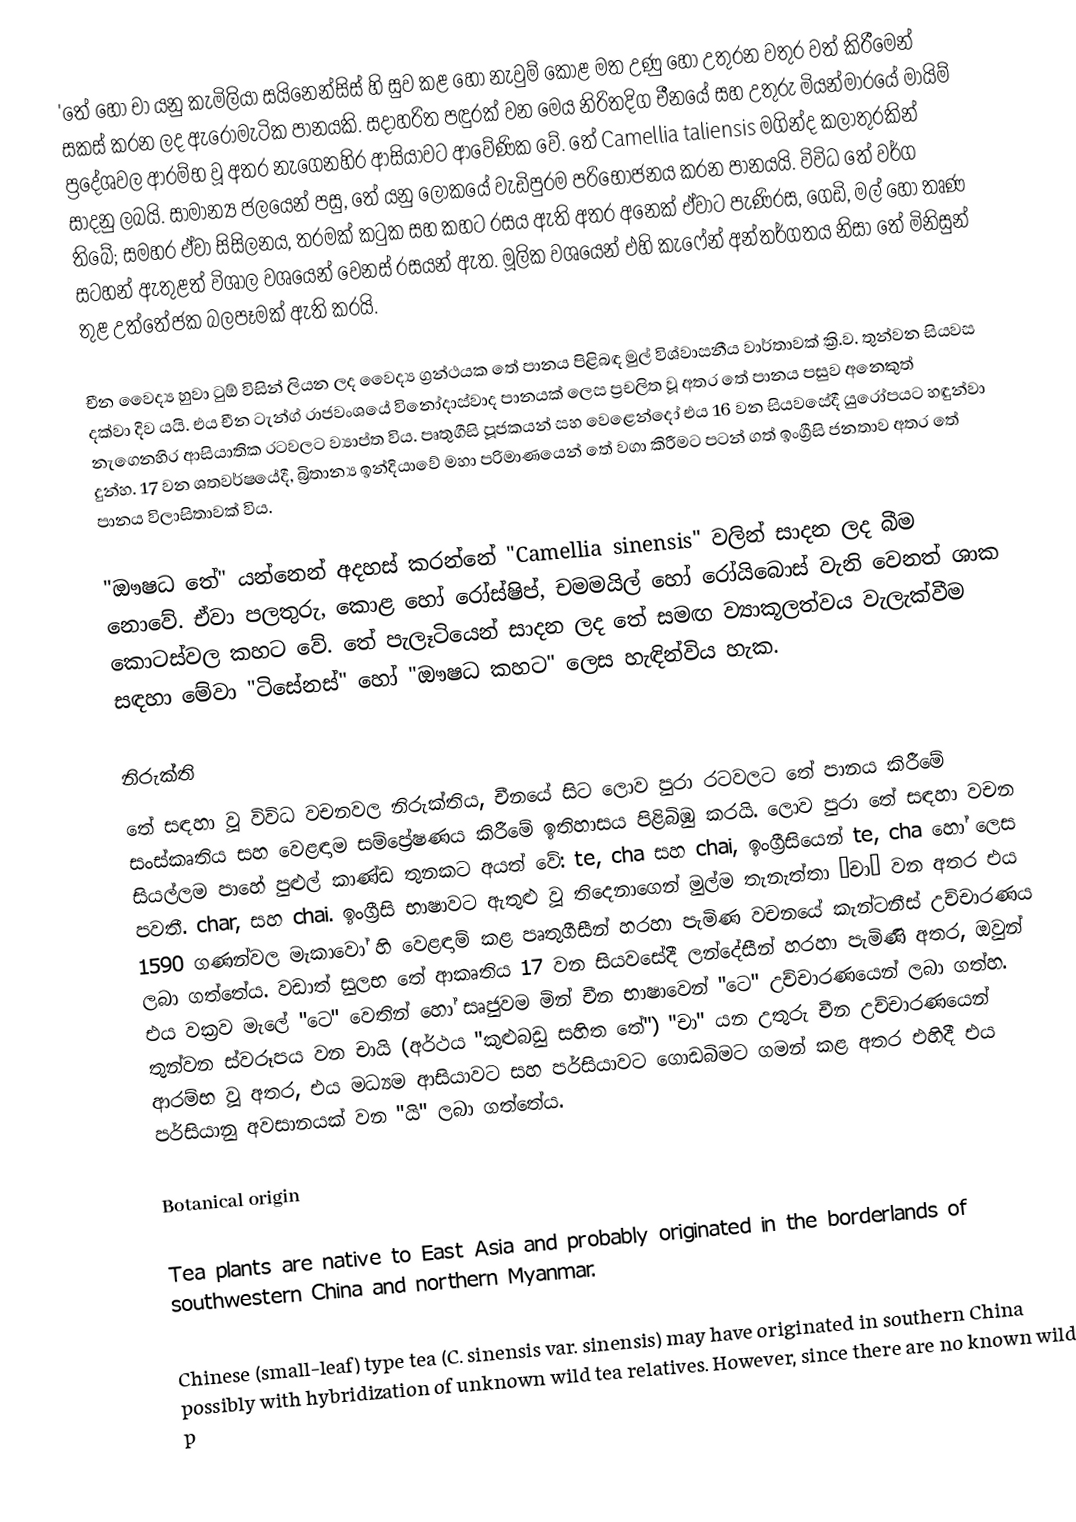
'තේ හෝ චා යනු කැමිලියා සයිනෙන්සිස් හි සුව කළ හෝ නැවුම් කොළ මත උණු හෝ උතුරන වතුර වත් කිරීමෙන් සකස් කරන ලද ඇරෝමැටික පානයකි. සදාහරිත පඳුරක් වන මෙය නිරිතදිග චීනයේ සහ උතුරු මියන්මාරයේ මායිම් ප්‍රදේශවල ආරම්භ වූ අතර නැගෙනහිර ආසියාවට ආවේණික වේ. තේ Camellia taliensis මගින්ද කලාතුරකින් සාදනු ලබයි. සාමාන්‍ය ජලයෙන් පසු, තේ යනු ලෝකයේ වැඩිපුරම පරිභෝජනය කරන පානයයි. විවිධ තේ වර්ග තිබේ; සමහර ඒවා සිසිලනය, තරමක් කටුක සහ කහට රසය ඇති අතර අනෙක් ඒවාට පැණිරස, ගෙඩි, මල් හෝ තෘණ සටහන් ඇතුළත් විශාල වශයෙන් වෙනස් රසයන් ඇත. මූලික වශයෙන් එහි කැෆේන් අන්තර්ගතය නිසා තේ මිනිසුන් තුළ උත්තේජක බලපෑමක් ඇති කරයි.

චීන වෛද්‍ය හුවා ටුඕ විසින් ලියන ලද වෛද්‍ය ග්‍රන්ථයක තේ පානය පිළිබඳ මුල් විශ්වාසනීය වාර්තාවක් ක්‍රි.ව. තුන්වන සියවස දක්වා දිව යයි. එය චීන ටැන්ග් රාජවංශයේ විනෝදාස්වාද පානයක් ලෙස ප්‍රචලිත වූ අතර තේ පානය පසුව අනෙකුත් නැගෙනහිර ආසියාතික රටවලට ව්‍යාප්ත විය. පෘතුගීසි පූජකයන් සහ වෙළෙන්දෝ එය 16 වන සියවසේදී යුරෝපයට හඳුන්වා දුන්හ. 17 වන ශතවර්ෂයේදී, බ්‍රිතාන්‍ය ඉන්දියාවේ මහා පරිමාණයෙන් තේ වගා කිරීමට පටන් ගත් ඉංග්‍රීසි ජනතාව අතර තේ පානය විලාසිතාවක් විය.

"ඖෂධ තේ" යන්නෙන් අදහස් කරන්නේ "Camellia sinensis" වලින් සාදන ලද බීම නොවේ. ඒවා පලතුරු, කොළ හෝ රෝස්ෂිප්, චමමයිල් හෝ රෝයිබොස් වැනි වෙනත් ශාක කොටස්වල කහට වේ. තේ පැලෑටියෙන් සාදන ලද තේ සමඟ ව්‍යාකූලත්වය වැලැක්වීම සඳහා මේවා "ටිසේනස්" හෝ "ඖෂධ කහට" ලෙස හැඳින්විය හැක.

නිරුක්ති
තේ සඳහා වූ විවිධ වචනවල නිරුක්තිය, චීනයේ සිට ලොව පුරා රටවලට තේ පානය කිරීමේ සංස්කෘතිය සහ වෙළඳාම සම්ප්‍රේෂණය කිරීමේ ඉතිහාසය පිළිබිඹු කරයි. ලොව පුරා තේ සඳහා වචන සියල්ලම පාහේ පුළුල් කාණ්ඩ තුනකට අයත් වේ: te, cha සහ chai, ඉංග්‍රීසියෙන් te, cha හෝ  ලෙස පවතී. char, සහ chai. ඉංග්‍රීසි භාෂාවට ඇතුළු වූ තිදෙනාගෙන් මුල්ම තැනැත්තා “චා” වන අතර එය 1590 ගණන්වල මැකාවෝ හි වෙළඳාම් කළ පෘතුගීසීන් හරහා පැමිණ වචනයේ කැන්ටනීස් උච්චාරණය ලබා ගත්තේය. වඩාත් සුලභ තේ ආකෘතිය 17 වන සියවසේදී ලන්දේසීන් හරහා පැමිණි අතර, ඔවුන් එය වක්‍රව මැලේ "ටෙ" වෙතින් හෝ සෘජුවම මින් චීන භාෂාවෙන් "ටෙ" උච්චාරණයෙන් ලබා ගත්හ. තුන්වන ස්වරූපය වන චායි (අර්ථය "කුළුබඩු සහිත තේ") "චා" යන උතුරු චීන උච්චාරණයෙන් ආරම්භ වූ අතර, එය මධ්‍යම ආසියාවට සහ පර්සියාවට ගොඩබිමට ගමන් කළ අතර එහිදී එය පර්සියානු අවසානයක් වන "යි" ලබා ගත්තේය.

Botanical origin

Tea plants are native to East Asia and probably originated in the borderlands of southwestern China and northern Myanmar.

Chinese (small-leaf) type tea (C. sinensis var. sinensis) may have originated in southern China possibly with hybridization of unknown wild tea relatives. However, since there are no known wild p